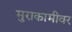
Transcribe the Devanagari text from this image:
मुराकामीवर